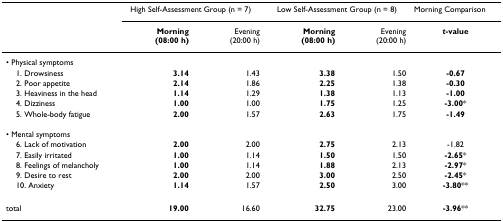
|  | <COLSPAN=2> High Self-Assessment Group (n = 7) | <COLSPAN=2> Low Self-Assessment Group (n = 8) | Morning Comparison |
 |  | Morning(08:00 h) | Evening(20:00 h) | Morning(08:00 h) | Evening(20:00 h) | t-value |
 | --- | --- | --- | --- | --- | --- |
 | • Physical symptoms |  |  |  |  |  |
 | 1. Drowsiness | 3.14 | 1.43 | 3.38 | 1.50 | -0.67 |
 | 2. Poor appetite | 2.14 | 1.86 | 2.25 | 1.38 | -0.30 |
 | 3. Heaviness in the head | 1.14 | 1.29 | 1.38 | 1.13 | -1.00 |
 | 4. Dizziness | 1.00 | 1.00 | 1.75 | 1.25 | -3.00* |
 | 5. Whole-body fatigue | 2.00 | 1.57 | 2.63 | 1.75 | -1.49 |
 | • Mental symptoms |  |  |  |  |  |
 | 6. Lack of motivation | 2.00 | 2.00 | 2.75 | 2.13 | -1.82 |
 | 7. Easily irritated | 1.00 | 1.14 | 1.50 | 1.50 | -2.65* |
 | 8. Feelings of melancholy | 1.00 | 1.14 | 1.88 | 2.13 | -2.97* |
 | 9. Desire to rest | 2.00 | 2.00 | 3.00 | 2.50 | -2.45* |
 | 10. Anxiety | 1.14 | 1.57 | 2.50 | 3.00 | -3.80** |
 | total | 19.00 | 16.60 | 32.75 | 23.00 | -3.96** |